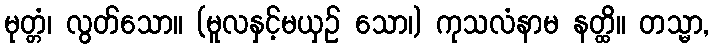
မုတ္တံ၊ လွတ်သော။ (မူလနှင့်မယှဉ် သော၊) ကုသလံနာမ နတ္ထိ။ တသ္မာ,